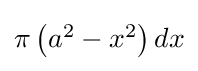
{\textstyle \pi \left(a^{2}-x^{2}\right)dx}